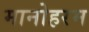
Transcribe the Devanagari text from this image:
मानोहरम